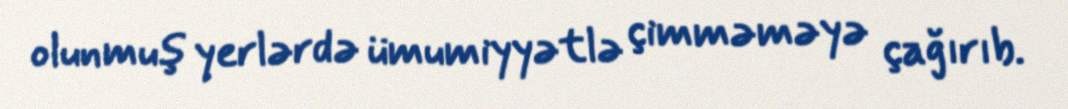
olunmuş yerlərdə ümumiyyətlə çimməməyə çağırıb.